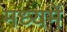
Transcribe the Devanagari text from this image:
मध्‍यमें